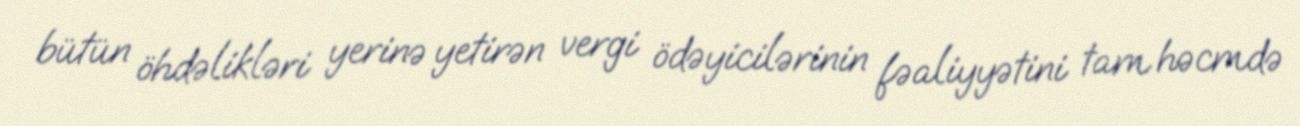
bütün öhdəlikləri yerinə yetirən vergi ödəyicilərinin fəaliyyətini tam həcmdə